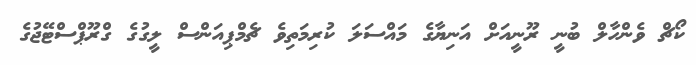
ކޯޗް ވެންހާލް ބުނީ ރޫނީއަށް އަނިޔާގެ މައްސަލަ ކުރިމަތިވެ ޗެމްޕިއަންސް ލީގުގެ ގްރޫޕްސްޓޭޖުގެ